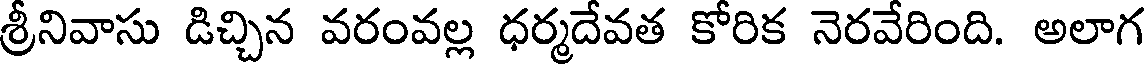
శ్రీనివాసు డిచ్చిన వరంవల్ల ధర్మదేవత కోరిక నెరవేరింది. అలాగ